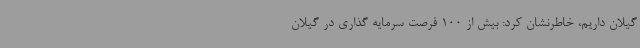
گیلان داریم، خاطرنشان کرد: بیش از 100 فرصت سرمایه گذاری در گیلان